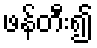
ဖန်တီး၍